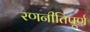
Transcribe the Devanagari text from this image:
रणनीतिपूर्ण